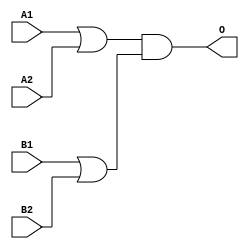
module MJGB22A(A1, A2, B1, B2, O);
input   A1;
input   A2;
input   B1;
input   B2;
output  O;
or g0(w0, A1, A2);
or g1(w3, B1, B2);
and g2(O, w0, w3);
endmodule